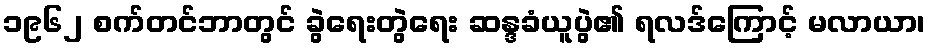
၁၉၆၂ စက်တင်ဘာတွင် ခွဲရေးတွဲရေး ဆန္ဒခံယူပွဲ၏ ရလဒ်ကြောင့် မလာယာ၊